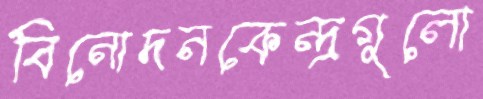
বিনোদনকেন্দ্রগুলো